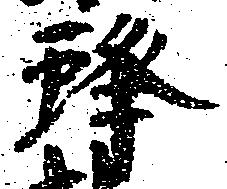
蜂